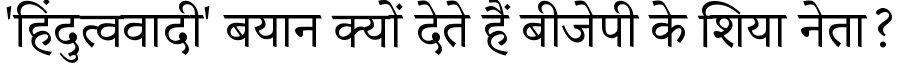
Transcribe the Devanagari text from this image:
'हिंदुत्ववादी' बयान क्यों देते हैं बीजेपी के शिया नेता?